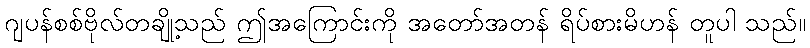
ဂျပန်စစ်ဗိုလ်တချို့သည် ဤအကြောင်းကို အတော်အတန် ရိပ်စားမိဟန် တူပါ သည်။